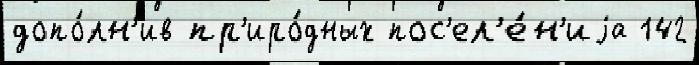
допо́лн'ив пр'иро́дных пос'ел'е́н'иjа 142